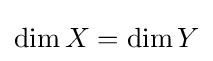
\operatorname {dim} X=\operatorname {dim} Y